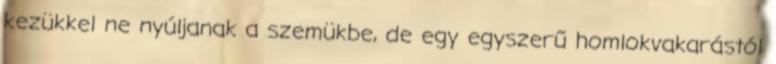
kezükkel ne nyúljanak a szemükbe, de egy egyszerű homlokvakarástól